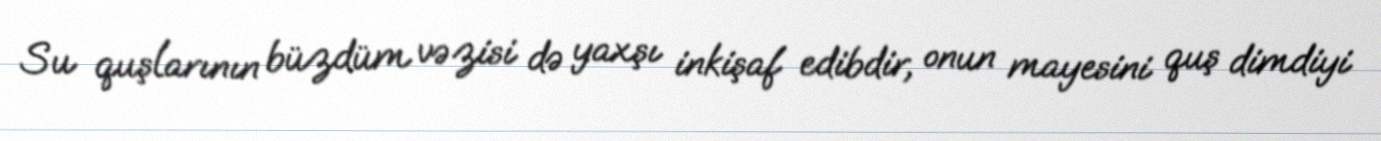
Su quşlarının büzdüm vəzisi də yaxşı inkişaf edibdir, onun mayesini quş dimdiyi